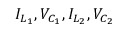
I _ { L _ { 1 } } , V _ { C _ { 1 } } , I _ { L _ { 2 } } , V _ { C _ { 2 } }